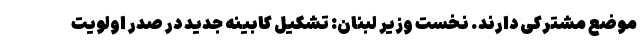
موضع مشترکی دارند. نخست وزیر لبنان: تشکیل کابینه جدید در صدر اولویت